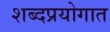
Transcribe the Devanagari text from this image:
शब्दप्रयोगात